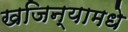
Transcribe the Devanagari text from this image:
खजिन्यामधे